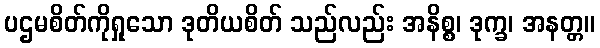
ပဌမစိတ်ကိုရှုသော ဒုတိယစိတ် သည်လည်း အနိစ္စ၊ ဒုက္ခ၊ အနတ္တ။